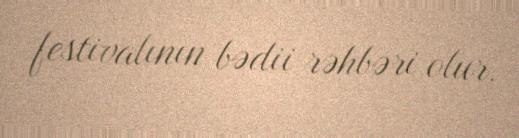
festivalının bədii rəhbəri olur.